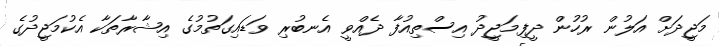
މަޖީދަށް އަލުން ރުހުން ދީފިމަޖީދު އިސްތިއުފާ ދެއްވީ އެނބުރި ވަޑައިގަތުމުގެ އިޝާރާތަކާ އެކުމަޖީދުގެ